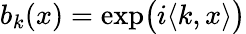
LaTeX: b_{k}(x)=\exp\bigl(i\langle k,x\rangle\bigr)